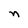
Character: n